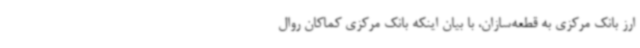
ارز بانک مرکزی به قطعه‌سازان، با بیان اینکه بانک مرکزی کماکان روال